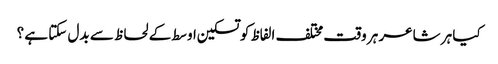
کیا ہر شاعر ہر وقت مختلف الفاظ کو تسکین اوسط کے لحاظ سے بدل سکتا ہے ؟